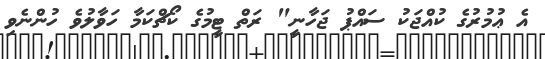
އެ ޢުމުރުގެ ކުއްޖަކު ސައްޕު ޖަހާނީ" ރަތް ޓީމުގެ ކޯޗްކަމާ ހަވާލުވެ ހުންނެވި